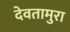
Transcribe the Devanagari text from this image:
देवतामुरा